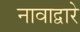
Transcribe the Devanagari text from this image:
नावाद्वारे